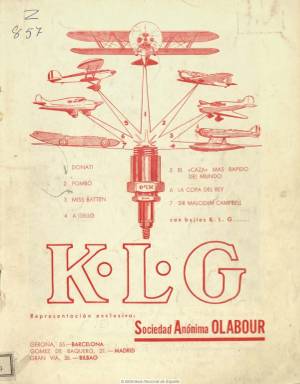
Título: Aviación y deportes
Colección: Aviación
Ámbito geográfico: Madrid
Lugar de publicación: Madrid
Fechas: 01/02/1936-31/03/1936

Revista de divulgación aeronáutica y deportiva, es el subtítulo de esta publicación de carácter independiente dirigida por el piloto de autogiro y aeroplano Enrique Munaiz, que se publica en 1936 en entregas de medio centenar de páginas, profusamente ilustradas con fotograbados y algunos dibujos y croquis relativos a los citados asuntos, utilizándose para su impresión varias tintas. La colección de este título de la Biblioteca Nacional de España la integran sólo los número 2 y 3, correspondientes a febrero y marzo de ese año, respectivamente, desconociéndose si fue editado algún otro más. Prácticamente la revista reparte sus páginas entre asuntos relacionados con la navegación aérea y las informaciones sobre diversos deportes (hípica, montería, hockey, golf, fútbol, automovilismo, natación, etc.), y debió estar destinada a un público selecto y acomodado, y en concreto a los pilotos, tanto militares y civiles, como deportivos.

Da cuenta de la travesía del oficial de aviación cubano Antonio Menéndez hasta Cuatro Vientos, en Madrid; y de otros vuelos, como los llevados a cabo a Canarias, el Madrid-Bata o el vuelo remolcado Berlín-Madrid. Otras informaciones se refieren a la aviación militar y naval, a la Liga Española de Pilotos o a diversos aeroclubes. Inserta anuncios comerciales relativos a compañías aéreas y a empresas constructoras de aeroplanos y de maquinaria y piezas para la aviación. Entre las firmas de sus colaboraciones aparecen las de Alfonso Abril, Esperanza Fernández, F. Manrique de Lara, Jorge W. Luther, Alberto S. Hamilton, Jenaro Ramos, José María Villapadierna, R. Araquistain y Ramón de Rato.